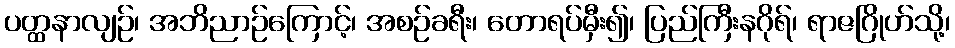
ပတ္ထနာလျဉ်၊ အဘိညာဉ်ကြောင့်၊ အစဉ်ခရီး၊ တောရပ်မှီး၍၊ ပြည်ကြီးနဂိုရ်၊ ရာဇဂြိုဟ်သို့၊